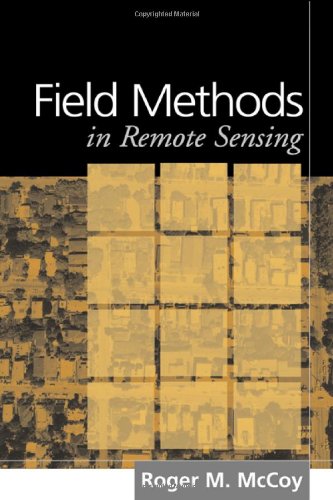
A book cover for Field Methods in Remote Sensing; Roger M. McCoy PhD; Science & Math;